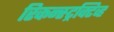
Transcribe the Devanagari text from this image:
रिकन्स्ट्रक्टिव्ह